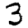
Digit: 3